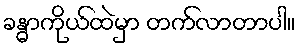
ခန္ဓာကိုယ်ထဲမှာ တက်လာတာပါ။